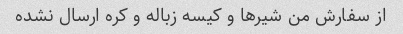
از سفارش من شیرها و کیسه زباله و کره ارسال نشده